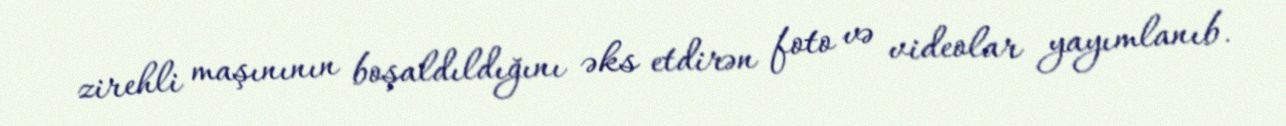
zirehli maşınının boşaldıldığını əks etdirən foto və videolar yayımlanıb.